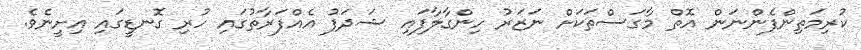
ކުރިމަތިންފެންނަން އޮތް މާގަސްތަކަށް ނަޒަރު ހިންގާލާފައި ޝަދަފު އެއްފަރާތުގައި ހުރި ގޮނޑީގައި އިށީނެވެ.